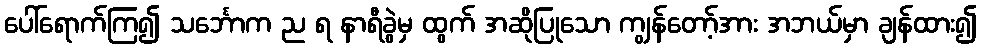
ပေါ်ရောက်ကြ၍ သင်္ဘောက ည ရ နာရီခွဲမှ ထွက် အဆိုပြုသော ကျွန်တော့်အား အဘယ်မှာ ချန်ထား၍